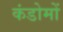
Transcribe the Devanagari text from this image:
कंडोमों